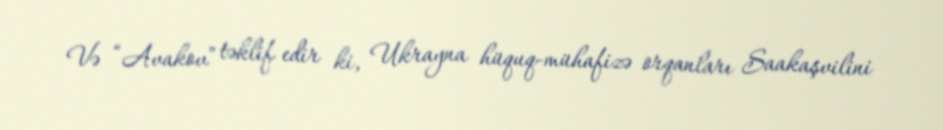
Və “Avakov” təklif edir ki, Ukrayna hüquq-mühafizə orqanları Saakaşvilini